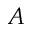
A